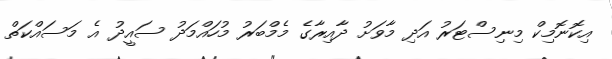
އިކޮނޮމިކް މިނިސްޓަރު އަދި މާވަށު ދާއިރާގެ މެމްބަރު މުހައްމަދު ސައީދު އެ މަސައްކަތް